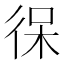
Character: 𰐯